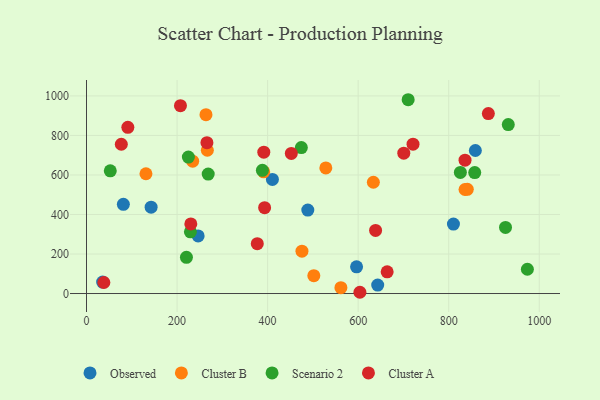
{"axis": {"x": "Experience", "y": "Salary"}, "legend": ["Cluster A", "Cluster B", "Observed", "Scenario 2"], "data": [{"x": "810.5", "y": 351.5, "type": "Observed"}, {"x": "142.7", "y": 437.2, "type": "Observed"}, {"x": "488.8", "y": 422.5, "type": "Observed"}, {"x": "643.2", "y": 42.9, "type": "Observed"}, {"x": "35.6", "y": 58.0, "type": "Observed"}, {"x": "596.5", "y": 134.9, "type": "Observed"}, {"x": "81.4", "y": 451.4, "type": "Observed"}, {"x": "410.6", "y": 577.2, "type": "Observed"}, {"x": "246.6", "y": 291.7, "type": "Observed"}, {"x": "858.9", "y": 723.9, "type": "Observed"}, {"x": "131.3", "y": 606.2, "type": "Cluster B"}, {"x": "391.4", "y": 615.8, "type": "Cluster B"}, {"x": "502.1", "y": 90.1, "type": "Cluster B"}, {"x": "528.6", "y": 635.7, "type": "Cluster B"}, {"x": "633.6", "y": 563.2, "type": "Cluster B"}, {"x": "561.9", "y": 29.6, "type": "Cluster B"}, {"x": "475.9", "y": 214.1, "type": "Cluster B"}, {"x": "266.9", "y": 725.2, "type": "Cluster B"}, {"x": "234.5", "y": 670.0, "type": "Cluster B"}, {"x": "263.9", "y": 904.9, "type": "Cluster B"}, {"x": "841.1", "y": 527.4, "type": "Cluster B"}, {"x": "836.1", "y": 526.4, "type": "Cluster B"}, {"x": "388.5", "y": 623.4, "type": "Scenario 2"}, {"x": "474.5", "y": 738.6, "type": "Scenario 2"}, {"x": "52.5", "y": 620.9, "type": "Scenario 2"}, {"x": "825.8", "y": 613.0, "type": "Scenario 2"}, {"x": "931.6", "y": 855.0, "type": "Scenario 2"}, {"x": "268.8", "y": 604.4, "type": "Scenario 2"}, {"x": "925.5", "y": 334.7, "type": "Scenario 2"}, {"x": "973.8", "y": 122.9, "type": "Scenario 2"}, {"x": "710.5", "y": 980.8, "type": "Scenario 2"}, {"x": "220.7", "y": 183.0, "type": "Scenario 2"}, {"x": "229.5", "y": 312.4, "type": "Scenario 2"}, {"x": "857.5", "y": 612.1, "type": "Scenario 2"}, {"x": "225.0", "y": 690.6, "type": "Scenario 2"}, {"x": "377.2", "y": 252.4, "type": "Cluster A"}, {"x": "207.5", "y": 950.7, "type": "Cluster A"}, {"x": "393.4", "y": 434.3, "type": "Cluster A"}, {"x": "664.1", "y": 110.0, "type": "Cluster A"}, {"x": "91.3", "y": 841.0, "type": "Cluster A"}, {"x": "700.8", "y": 710.1, "type": "Cluster A"}, {"x": "887.6", "y": 910.5, "type": "Cluster A"}, {"x": "836.1", "y": 675.1, "type": "Cluster A"}, {"x": "76.9", "y": 755.5, "type": "Cluster A"}, {"x": "721.2", "y": 755.7, "type": "Cluster A"}, {"x": "230.4", "y": 352.3, "type": "Cluster A"}, {"x": "266.0", "y": 763.6, "type": "Cluster A"}, {"x": "638.5", "y": 319.3, "type": "Cluster A"}, {"x": "391.6", "y": 715.5, "type": "Cluster A"}, {"x": "452.4", "y": 709.2, "type": "Cluster A"}, {"x": "603.9", "y": 6.3, "type": "Cluster A"}, {"x": "38.3", "y": 55.8, "type": "Cluster A"}]}